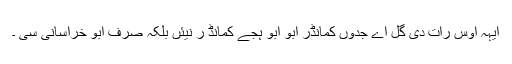
ایہہ اوس رات دی گل اے جدوں کمانڈر ابو ابو ہجے کمانڈ ر نیئں بلکہ صرف ابو خراسانی سی ۔